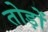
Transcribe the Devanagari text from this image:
तोड़ों